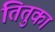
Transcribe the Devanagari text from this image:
तितुका